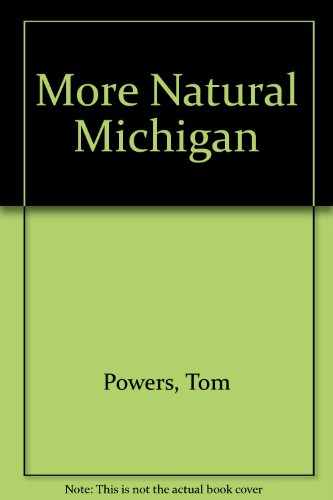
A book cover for More Natural Michigan; Tom Powers; Travel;